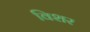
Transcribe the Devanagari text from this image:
विशर